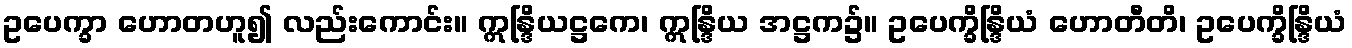
ဥပေက္ခာ ဟောတဟူ၍ လည်းကောင်း။ ဣန္ဒြိယဋ္ဌကေ၊ ဣန္ဒြိယ အဋ္ဌက၌။ ဥပေက္ခိန္ဒြိယံ ဟောတီတိ၊ ဥပေက္ခိန္ဒြိယံ